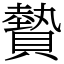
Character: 䞇